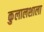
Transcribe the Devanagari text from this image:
कुलालशाला